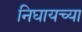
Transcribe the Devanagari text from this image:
निघायच्या